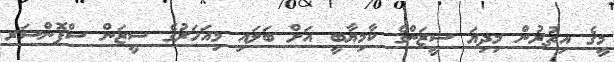
މީގެ އިތުރުން މިިދިޔަ ސީޒަންގެ ކާމިޔާބީ އަށް ބަލައި މިއަހަރުގެ ސީޒަން ސްޕޮންސަރ